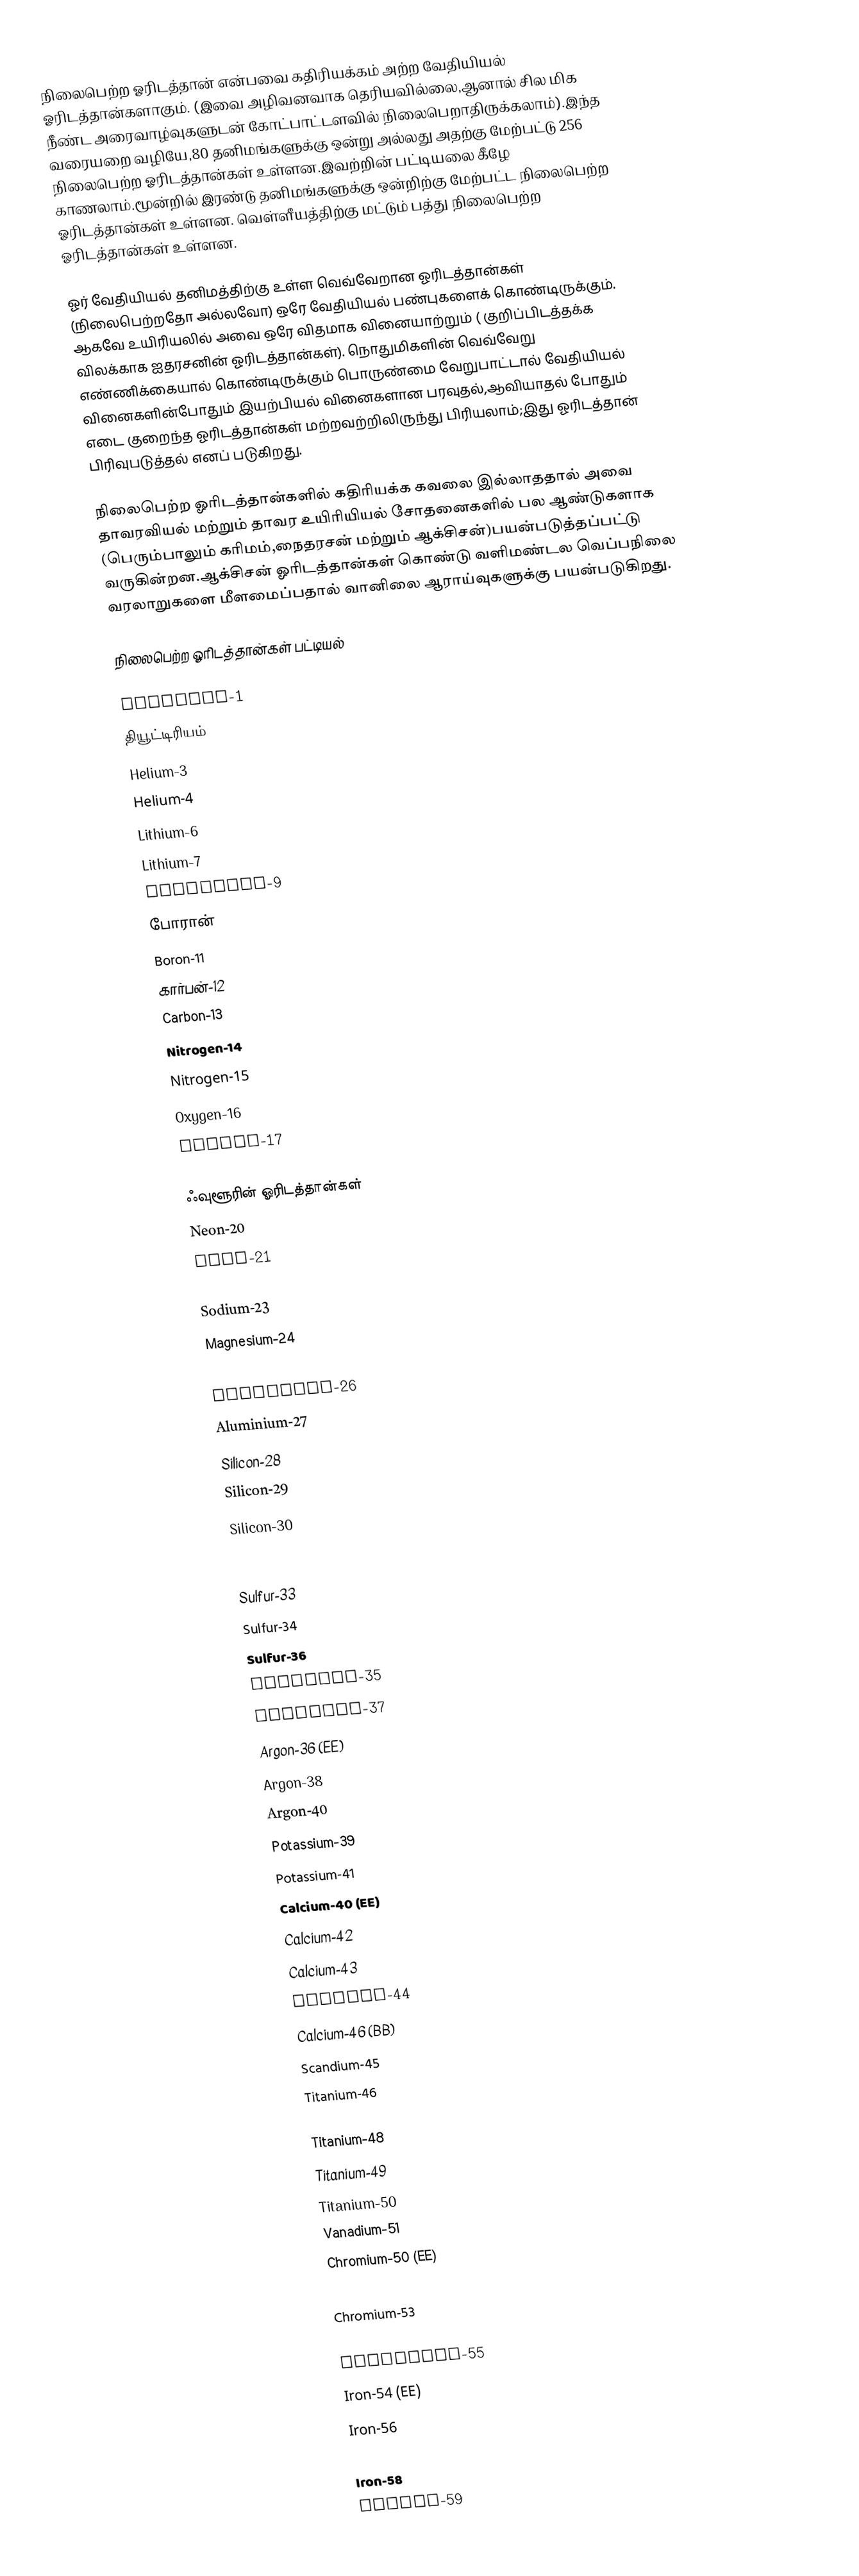
நிலைபெற்ற ஓரிடத்தான் என்பவை கதிரியக்கம் அற்ற வேதியியல் ஓரிடத்தான்களாகும். (இவை அழிவனவாக தெரியவில்லை,ஆனால் சில மிக நீண்ட அரைவாழ்வுகளுடன் கோட்பாட்டளவில் நிலைபெறாதிருக்கலாம்).இந்த வரையறை வழியே,80 தனிமங்களுக்கு ஒன்று அல்லது அதற்கு மேற்பட்டு 256 நிலைபெற்ற ஓரிடத்தான்கள் உள்ளன.இவற்றின் பட்டியலை கீழே காணலாம்.மூன்றில் இரண்டு தனிமங்களுக்கு ஒன்றிற்கு மேற்பட்ட நிலைபெற்ற ஓரிடத்தான்கள் உள்ளன. வெள்ளீயத்திற்கு மட்டும் பத்து நிலைபெற்ற ஓரிடத்தான்கள் உள்ளன.

ஓர் வேதியியல் தனிமத்திற்கு உள்ள வெவ்வேறான ஓரிடத்தான்கள் (நிலைபெற்றதோ அல்லவோ) ஒரே வேதியியல் பண்புகளைக் கொண்டிருக்கும். ஆகவே உயிரியலில் அவை ஒரே விதமாக வினையாற்றும் ( குறிப்பிடத்தக்க விலக்காக ஐதரசனின் ஓரிடத்தான்கள்). நொதுமிகளின் வெவ்வேறு எண்ணிக்கையால் கொண்டிருக்கும் பொருண்மை வேறுபாட்டால் வேதியியல் வினைகளின்போதும் இயற்பியல் வினைகளான பரவுதல்,ஆவியாதல் போதும் எடை குறைந்த ஓரிடத்தான்கள் மற்றவற்றிலிருந்து பிரியலாம்;இது ஓரிடத்தான் பிரிவுபடுத்தல் எனப் படுகிறது.

நிலைபெற்ற ஓரிடத்தான்களில் கதிரியக்க கவலை இல்லாததால் அவை தாவரவியல் மற்றும் தாவர உயிரியியல் சோதனைகளில் பல ஆண்டுகளாக (பெரும்பாலும் கரிமம்,நைதரசன் மற்றும் ஆக்சிசன்)பயன்படுத்தப்பட்டு வருகின்றன.ஆக்சிசன் ஓரிடத்தான்கள் கொண்டு வளிமண்டல வெப்பநிலை வரலாறுகளை மீளமைப்பதால் வானிலை ஆராய்வுகளுக்கு பயன்படுகிறது.

நிலைபெற்ற ஓரிடத்தான்கள் பட்டியல்

 Hydrogen-1
 தியூட்டிரியம்
 Helium-3
 Helium-4
 Lithium-6
 Lithium-7
 Beryllium-9
 போரான்
 Boron-11
 கார்பன்-12
 Carbon-13
 Nitrogen-14
 Nitrogen-15
 Oxygen-16
 Oxygen-17
 Oxygen-18
 ஃவுளூரின் ஓரிடத்தான்கள்
 Neon-20
 Neon-21
 Neon-22
 Sodium-23
 Magnesium-24
 Magnesium-25
 Magnesium-26
 Aluminium-27
 Silicon-28
 Silicon-29
 Silicon-30
 Phosphorus-31
 Sulfur-32
 Sulfur-33
 Sulfur-34
 Sulfur-36
 Chlorine-35
 Chlorine-37
 Argon-36 (EE)
 Argon-38
 Argon-40
 Potassium-39
 Potassium-41
 Calcium-40 (EE)
 Calcium-42
 Calcium-43
 Calcium-44
 Calcium-46 (BB)
 Scandium-45
 Titanium-46
 Titanium-47
 Titanium-48
 Titanium-49
 Titanium-50
 Vanadium-51
 Chromium-50 (EE)
 Chromium-52
 Chromium-53
 Chromium-54
 Manganese-55
 Iron-54 (EE)
 Iron-56
 Iron-57
 Iron-58
 Cobalt-59